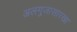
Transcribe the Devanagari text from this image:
अलगुजासारखा